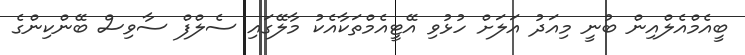
ބީއެމްއެލްއިން ބުނީ މިއަދު އަލަށް ހުޅުވި އޭޓީއެމްތަކާއެކު މާލޭގައި ސެލްފް ސާވިސް ބޭންކިންގެ